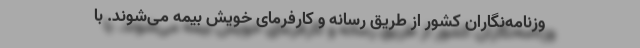
وزنامه‌نگاران کشور از طریق رسانه و کارفرمای خویش بیمه می‌شوند. با